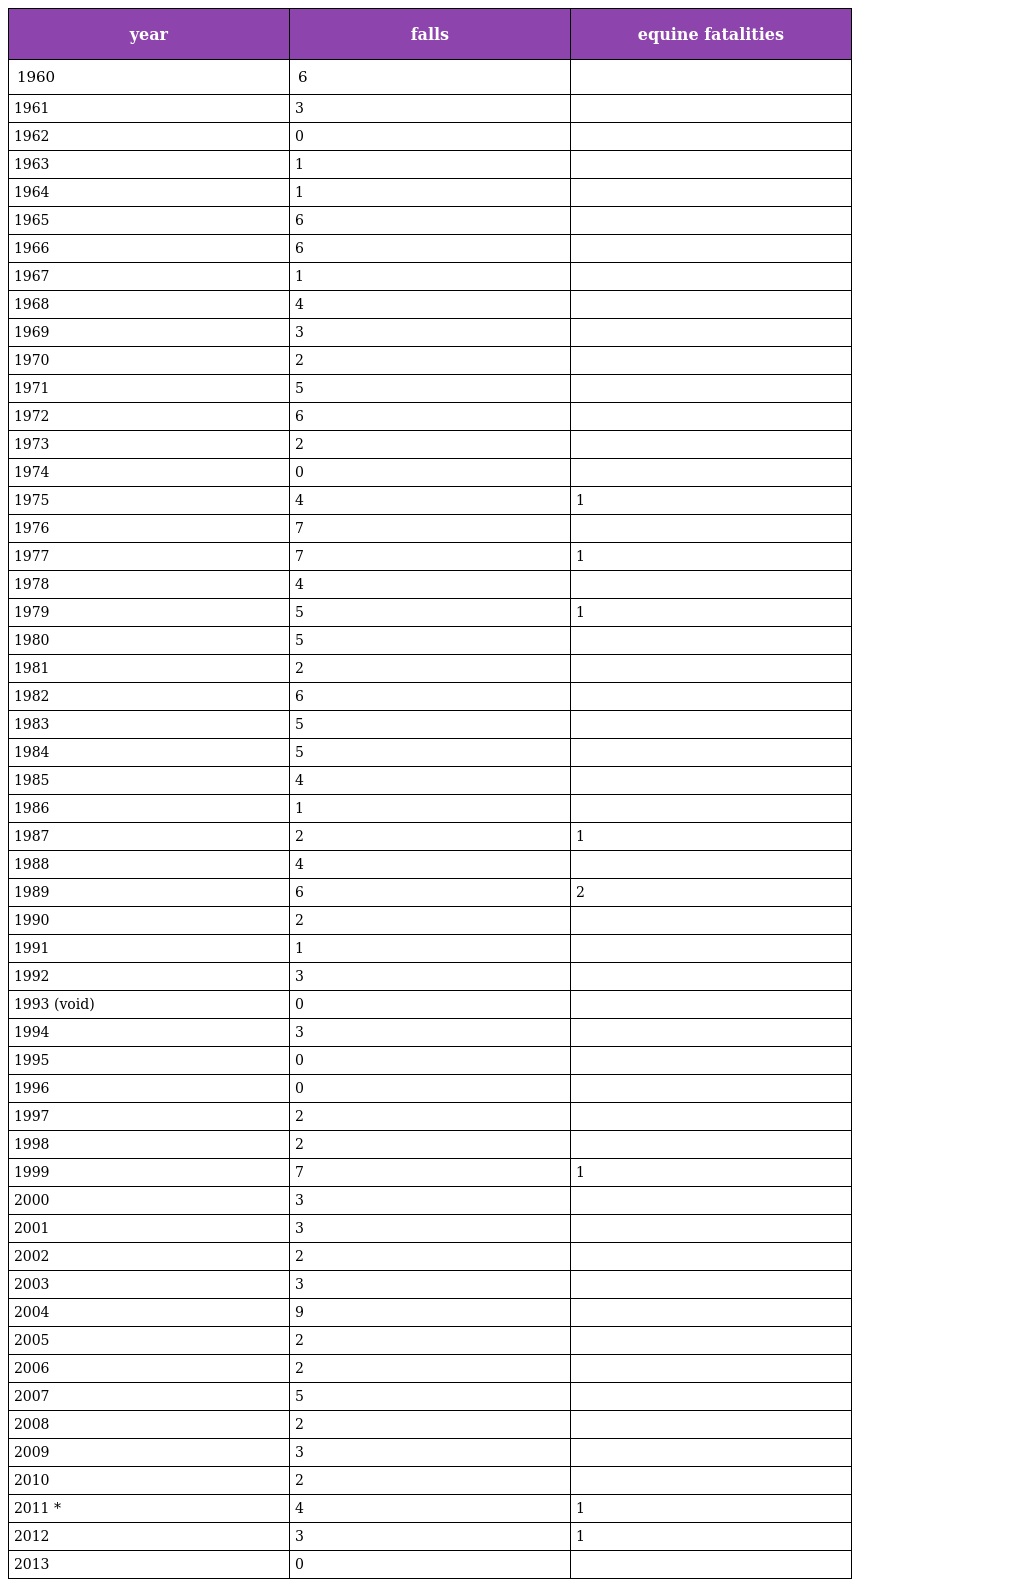
| year | falls | equine fatalities |
 | --- | --- | --- |
 | 1960 | 6 |  |
 | 1961 | 3 |  |
 | 1962 | 0 |  |
 | 1963 | 1 |  |
 | 1964 | 1 |  |
 | 1965 | 6 |  |
 | 1966 | 6 |  |
 | 1967 | 1 |  |
 | 1968 | 4 |  |
 | 1969 | 3 |  |
 | 1970 | 2 |  |
 | 1971 | 5 |  |
 | 1972 | 6 |  |
 | 1973 | 2 |  |
 | 1974 | 0 |  |
 | 1975 | 4 | 1 |
 | 1976 | 7 |  |
 | 1977 | 7 | 1 |
 | 1978 | 4 |  |
 | 1979 | 5 | 1 |
 | 1980 | 5 |  |
 | 1981 | 2 |  |
 | 1982 | 6 |  |
 | 1983 | 5 |  |
 | 1984 | 5 |  |
 | 1985 | 4 |  |
 | 1986 | 1 |  |
 | 1987 | 2 | 1 |
 | 1988 | 4 |  |
 | 1989 | 6 | 2 |
 | 1990 | 2 |  |
 | 1991 | 1 |  |
 | 1992 | 3 |  |
 | 1993 (void) | 0 |  |
 | 1994 | 3 |  |
 | 1995 | 0 |  |
 | 1996 | 0 |  |
 | 1997 | 2 |  |
 | 1998 | 2 |  |
 | 1999 | 7 | 1 |
 | 2000 | 3 |  |
 | 2001 | 3 |  |
 | 2002 | 2 |  |
 | 2003 | 3 |  |
 | 2004 | 9 |  |
 | 2005 | 2 |  |
 | 2006 | 2 |  |
 | 2007 | 5 |  |
 | 2008 | 2 |  |
 | 2009 | 3 |  |
 | 2010 | 2 |  |
 | 2011 * | 4 | 1 |
 | 2012 | 3 | 1 |
 | 2013 | 0 |  |